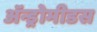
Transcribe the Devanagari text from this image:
ॲन्ड्रोमीडस